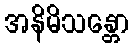
အနိမိသန္တော